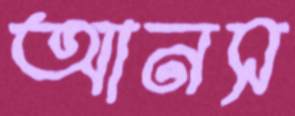
আনস